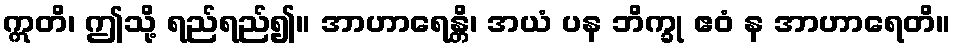
ဣတိ၊ ဤသို့ ရည်ရည်၍။ အာဟာရေန္တိ၊ အယံ ပန ဘိက္ခု ဧဝံ န အာဟာရေတိ။